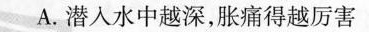
A. 潜入水中越深，胀痛得越厉害